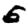
Digit: 5